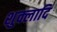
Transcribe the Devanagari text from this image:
शुक्लादि